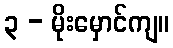
၃ - မိုးမှောင်ကျ။